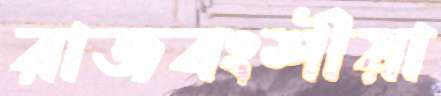
রাজবংশীয়া